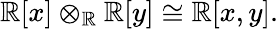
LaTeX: \mathbb{R}[x]\otimes_{\mathbb{R}}\mathbb{R}[y]\cong\mathbb{R}[x,y].